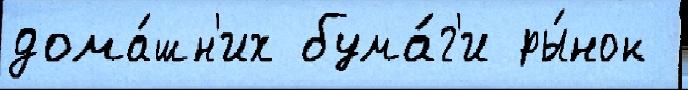
дома́шн'их бума́г'и ры́нок